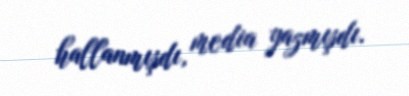
hallanmışdı, media yazmışdı.